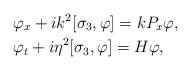
LaTeX: \begin{align*}&\varphi_x+ik^2[\sigma_3,\varphi]=kP_x\varphi,\\&\varphi_t+i\eta^2[\sigma_3,\varphi]= H\varphi,\end{align*}